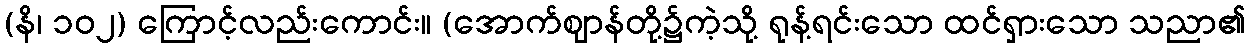
(နိ၊ ၁၀၂) ကြောင့်လည်းကောင်း။ (အောက်ဈာန်တို့၌ကဲ့သို့ ရုန့်ရင်းသော ထင်ရှားသော သညာ၏